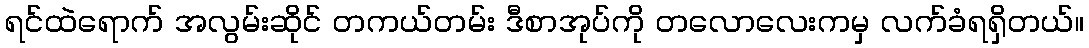
ရင်ထဲရောက် အလွမ်းဆိုင် တကယ်တမ်း ဒီစာအုပ်ကို တလောလေးကမှ လက်ခံရရှိတယ်။